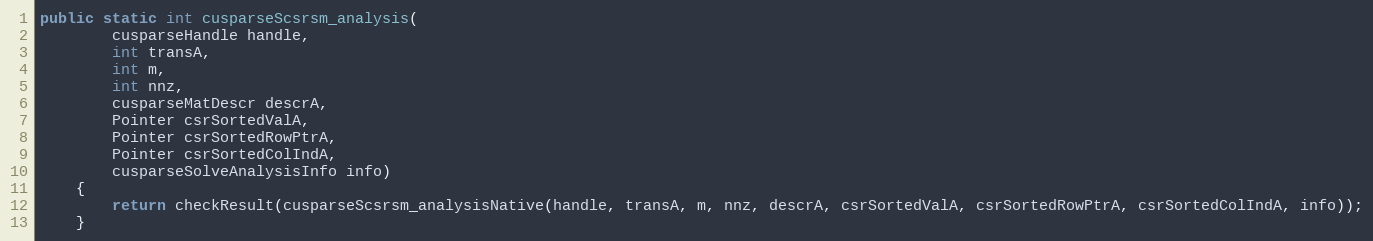
Language: Java
public static int cusparseScsrsm_analysis(
        cusparseHandle handle,
        int transA,
        int m,
        int nnz,
        cusparseMatDescr descrA,
        Pointer csrSortedValA,
        Pointer csrSortedRowPtrA,
        Pointer csrSortedColIndA,
        cusparseSolveAnalysisInfo info)
    {
        return checkResult(cusparseScsrsm_analysisNative(handle, transA, m, nnz, descrA, csrSortedValA, csrSortedRowPtrA, csrSortedColIndA, info));
    }